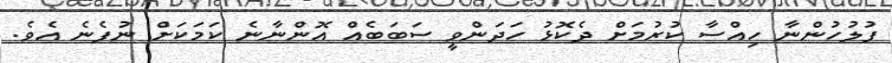
ފުލުހުންނާ ހިއްސާ ކުރުމަށް ދެކޮޅު ހަދަންވީ ސަބަބެއް އޮންނާނެ ކަމަކަށް ނުފެނެ އެވެ.